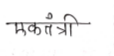
मजकूर: एकतंत्री